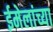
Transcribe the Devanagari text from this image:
ईमेलांच्या